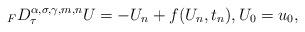
LaTeX: \begin{align*}{}_FD_{\tau}^{\alpha,\sigma,\gamma,m,n}U=-U_n + f(U_n,t_n), U_0=u_0,\end{align*}